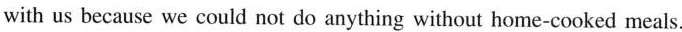
with us because we could not do anything without home-cooked meals.